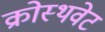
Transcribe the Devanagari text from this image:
क्रोस्थवेट